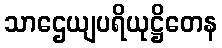
သာဌေယျပရိယုဋ္ဌိတေန